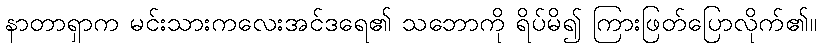
နာတာရှာက မင်းသားကလေးအင်ဒရေ၏ သဘောကို ရိပ်မိ၍ ကြားဖြတ်ပြောလိုက်၏။